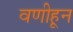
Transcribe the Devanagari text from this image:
वणीहून